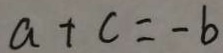
a + c = - b